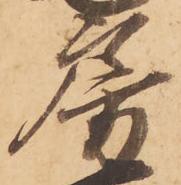
房